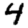
Digit: 4